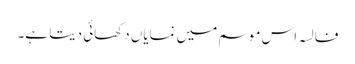
فالسہ اس موسم میں نمایاں دکھائی دیتا ہے۔